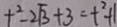
t ^ { 2 } - 2 \sqrt { 3 } + 3 = t ^ { 2 } + 1